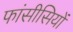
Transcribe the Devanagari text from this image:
फांसीसियों